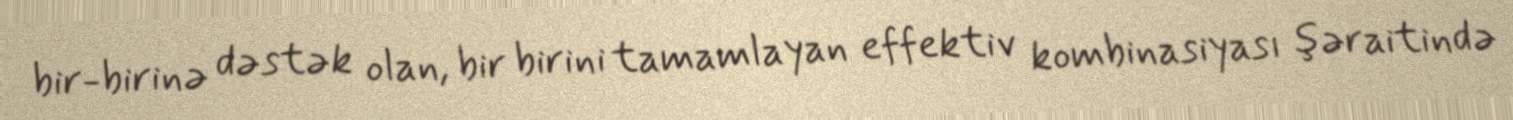
bir-birinə dəstək olan, bir birini tamamlayan effektiv kombinasiyası şəraitində